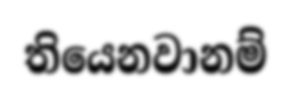
තියෙනවානම්